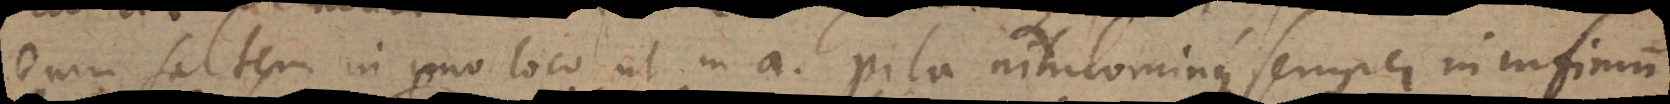
enim saltem in uno loco ut in a pila nihilominus semper in infimum